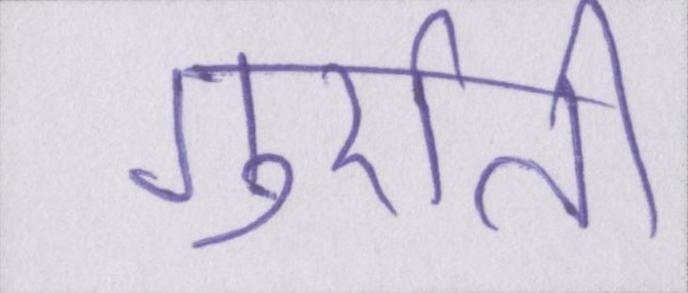
गुर्राती